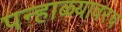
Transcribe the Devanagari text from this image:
पन्हाळ्यावरच